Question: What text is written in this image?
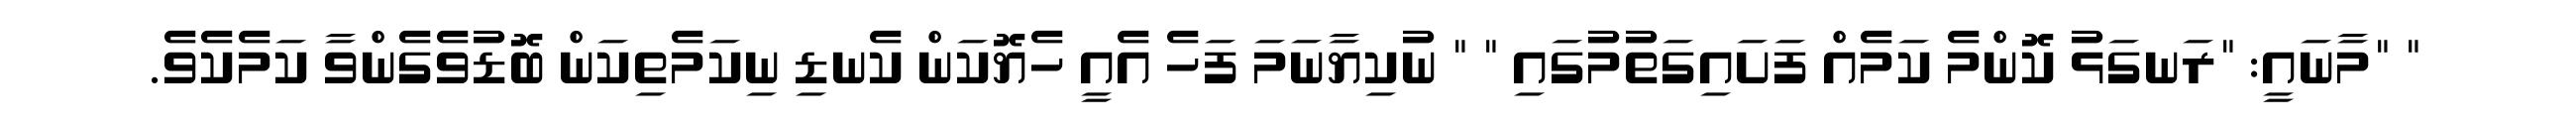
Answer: " "މާނައީ: "ރަނގަޅު ކޮންމެ ކަމެއް ފަށައިގަތުމުގައި " " ނުކިޔާނަމަ ފަހެ އެއީ ހެޔޮކަން ކެނޑި ނިކަމެތިކަން ބޮޑުވެގެންވާ ކަމެކެވެ.